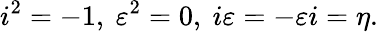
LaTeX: i^{2}=-1,\ \varepsilon^{2}=0,\ i\varepsilon=-\varepsilon i=\eta.